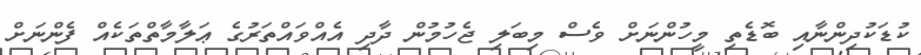
ކުޑަކުދިންނާއި ބޮޑެތި މީހުންނަށް ވެސް މިބަލި ޖެހުމުން ދާދި އެއްވައްތަރުގެ ޢަލާމާތްތަކެއް ފެންނަށް